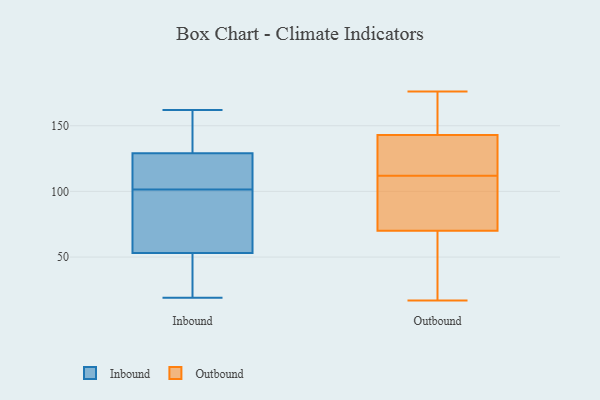
{"axis": {"x": "Revenue (USD Million)", "y": "Value"}, "legend": ["Inbound", "Outbound"], "data": [{"x": "", "y": 88, "type": "Inbound"}, {"x": "", "y": 131, "type": "Inbound"}, {"x": "", "y": 146, "type": "Inbound"}, {"x": "", "y": 19, "type": "Inbound"}, {"x": "", "y": 33, "type": "Inbound"}, {"x": "", "y": 115, "type": "Inbound"}, {"x": "", "y": 132, "type": "Inbound"}, {"x": "", "y": 84, "type": "Inbound"}, {"x": "", "y": 162, "type": "Inbound"}, {"x": "", "y": 42, "type": "Inbound"}, {"x": "", "y": 127, "type": "Inbound"}, {"x": "", "y": 64, "type": "Inbound"}, {"x": "", "y": 122, "type": "Inbound"}, {"x": "", "y": 32, "type": "Inbound"}, {"x": "", "y": 117, "type": "Inbound"}, {"x": "", "y": 72, "type": "Inbound"}, {"x": "", "y": 115, "type": "Outbound"}, {"x": "", "y": 141, "type": "Outbound"}, {"x": "", "y": 83, "type": "Outbound"}, {"x": "", "y": 70, "type": "Outbound"}, {"x": "", "y": 48, "type": "Outbound"}, {"x": "", "y": 110, "type": "Outbound"}, {"x": "", "y": 171, "type": "Outbound"}, {"x": "", "y": 43, "type": "Outbound"}, {"x": "", "y": 70, "type": "Outbound"}, {"x": "", "y": 176, "type": "Outbound"}, {"x": "", "y": 40, "type": "Outbound"}, {"x": "", "y": 143, "type": "Outbound"}, {"x": "", "y": 141, "type": "Outbound"}, {"x": "", "y": 112, "type": "Outbound"}, {"x": "", "y": 92, "type": "Outbound"}, {"x": "", "y": 151, "type": "Outbound"}, {"x": "", "y": 143, "type": "Outbound"}, {"x": "", "y": 174, "type": "Outbound"}, {"x": "", "y": 17, "type": "Outbound"}, {"x": "", "y": 112, "type": "Outbound"}]}